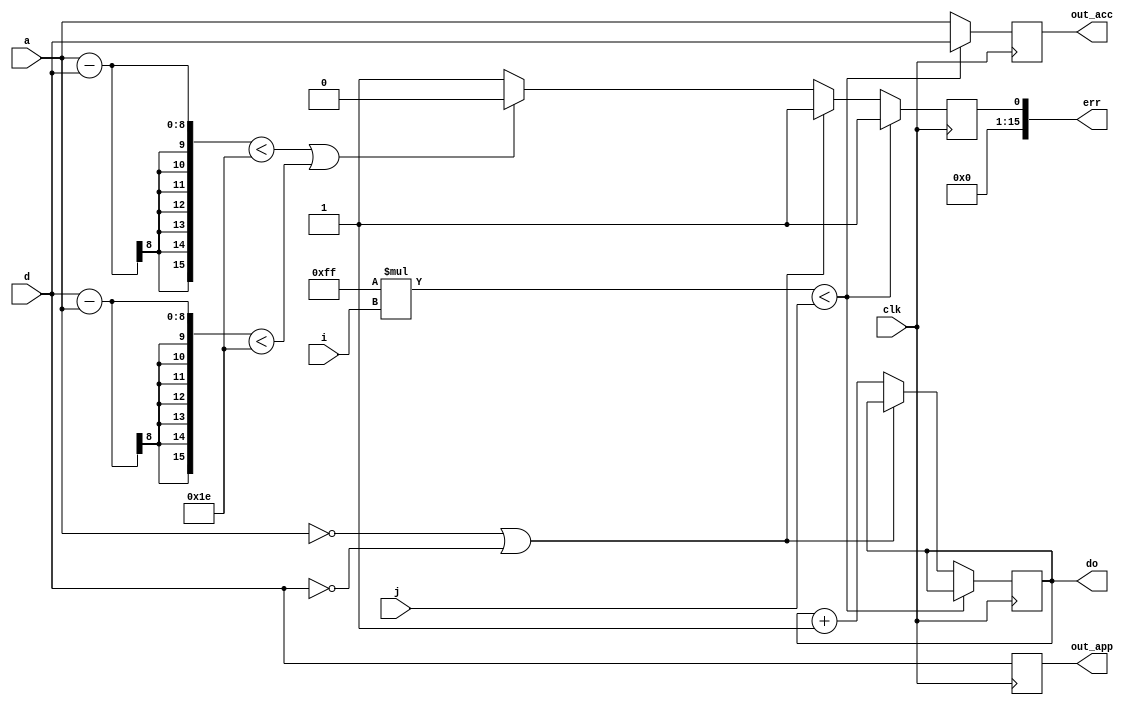
module compare(clk,i,j,d,a,out_app,out_acc,do,err);

input clk;
input [7:0] i;// 
input [15:0] j;// 
input [7:0] d;//app 
input [7:0] a;//acc  


output reg [15:0] err=0;
output reg [15:0] do=0;
output reg [7:0] out_app,out_acc;// 

always@(posedge clk)
begin

if(256*i<j)
   begin
      out_app=d;
      out_acc=d;
		err=1;
   end
else if(j<i)
	begin
		out_app=d;
		out_acc=a;
		err=1;
	end
if(255*i<j)
   begin
      out_app=d;
      out_acc=d;
		err=1;
   end
else if(a==0||d==0)
	begin
		out_app=d;
		out_acc=a;
		err=1;
	end
else
   begin
		do=do+1'd1;
      if(a-d<16'd30||d-a<16'd30)
         begin
            out_app=d;
            out_acc=a;
				err=0;
         end
		else
			begin
				out_app=d;
				out_acc=a;
				err=1;
			end
   end
end
endmodule